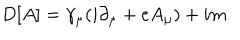
LaTeX: D [ A ] = \gamma _ { \mu } ( i \partial _ { \mu } + e A _ { \mu } ) + i m .